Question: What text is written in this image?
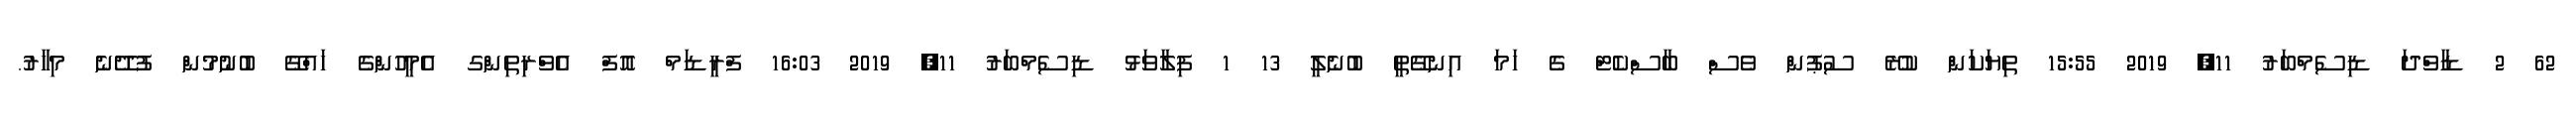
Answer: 62 2 ޑާވްދަ ޑިސެމްބަރު 11, 2019 15:55 ތިޔަކަން ކުރޭ ސުޕުން ވެސް ބާސްކެޓް ގެ ހަމަ އިނގޭތީ ބުނެލީ 13 1 ފިލާވަޅު ޑިސެމްބަރު 11, 2019 16:03 ފްރީޑަމް އޮފް އެވްރިތިންގ އެމީހުންގެ ހައްގޭ ބުނުމުން ފުދޭނެ މިހާރު.